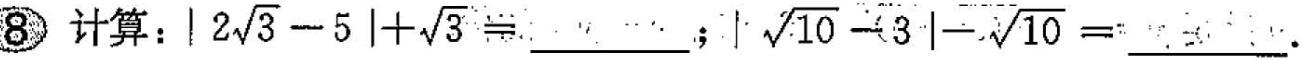
⑧ 计算：$$|2 \sqrt{3}-5|+ \sqrt{3} ___$$; $$| \sqrt{10}-3|- \sqrt{10}=___$$.